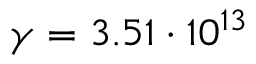
\gamma = 3 . 5 1 \cdot 1 0 ^ { 1 3 }